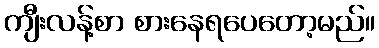
ကျီးလန့်စာ စားနေရပေတော့မည်။